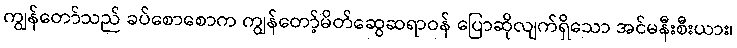
ကျွန်တော်သည် ခပ်စောစောက ကျွန်တော့်မိတ်ဆွေဆရာဝန် ပြောဆိုလျက်ရှိသော အင်မနီးစီးယား၊